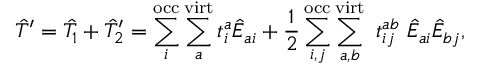
{ \hat { T } ^ { \prime } = \hat { T } _ { 1 } + \hat { T } _ { 2 } ^ { \prime } = \sum _ { i } ^ { \mathrm { o c c } } \sum _ { a } ^ { \mathrm { v i r t } } t _ { i } ^ { a } \hat { E } _ { a i } + \frac { 1 } { 2 } \sum _ { i , j } ^ { \mathrm { o c c } } \sum _ { a , b } ^ { \mathrm { v i r t } } ~ t _ { i j } ^ { a b } ~ \hat { E } _ { a i } \hat { E } _ { b j } } ,